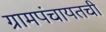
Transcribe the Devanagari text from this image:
ग्रामपंचायतची